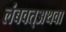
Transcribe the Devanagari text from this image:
लंबवत्अथवा